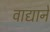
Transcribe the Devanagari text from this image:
वाद्याने